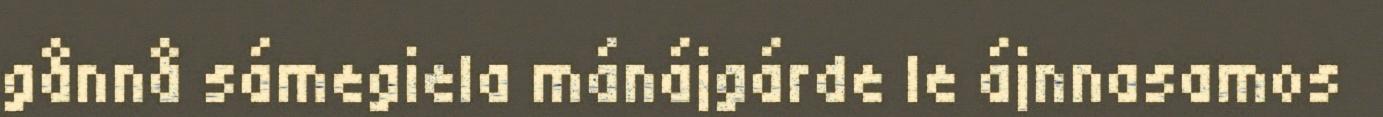
gånnå sámegiela mánájgárde le ájnnasamos